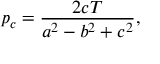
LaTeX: p _ { c } = { \frac { 2 c T } { a ^ { 2 } - b ^ { 2 } + c ^ { 2 } } } ,